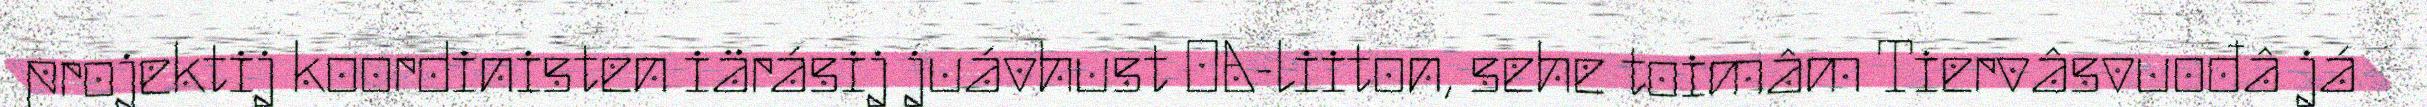
projektij koordinisten iärásij juávhust OA-liiton, sehe toimâm Tiervâsvuođâ já